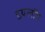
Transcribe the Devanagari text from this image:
डयलॉग